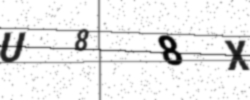
Text: U88X